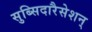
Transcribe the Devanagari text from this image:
सुब्सिदारैसेशन्